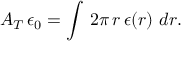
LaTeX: A _ { T } \, \epsilon _ { 0 } = \int \, 2 \pi \, r \, \epsilon ( r ) \, \, d r .